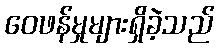
ဝေဖန်မှုများရှိခဲ့သည်